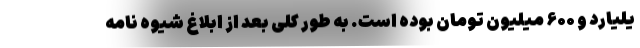
یلیارد و ۶۰۰ میلیون تومان بوده است. به طور کلی بعد از ابلاغ شیوه نامه